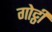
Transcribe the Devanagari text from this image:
गोट्ठी